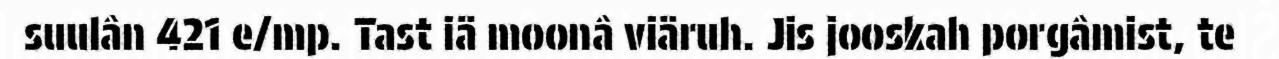
suulân 421 e/mp. Tast iä moonâ viäruh. Jis jooskah porgâmist, te